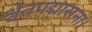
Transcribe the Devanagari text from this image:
श्वेतपद्मासना।